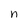
Character: n